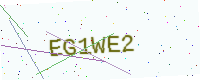
Text: EG1WE2